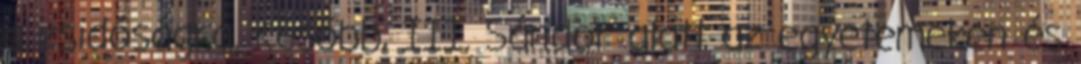
a zsidóságra. Később, III. Sándor alatt az egyetemeken és